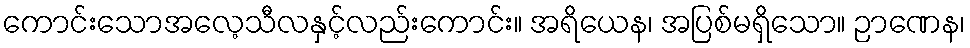
ကောင်းသောအလေ့သီလနှင့်လည်းကောင်း။ အရိယေန၊ အပြစ်မရှိသော။ ဉာဏေန၊